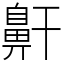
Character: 鼾